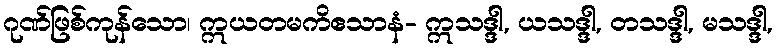
ဂုဏ်ဖြစ်ကုန်သော၊ ဣယတမကိဧသာနံ- ဣသဒ္ဒါ, ယသဒ္ဒါ, တသဒ္ဒါ, မသဒ္ဒါ,